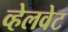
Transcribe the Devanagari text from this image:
व्हेलवेट